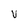
Character: v